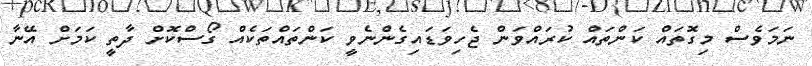
ނަމަވެސް މިގޮތައް ކަންތައް ކުރައްވަން ޖެހިވަޑައިގެންނެވީ ކަންތައްތަކެއް ގޯސްކޮށް ދާތީ ކަމަށް އޭނާ